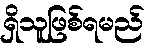
ရှိသူဖြစ်ရမည်